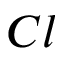
C l